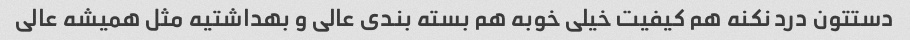
دستتون درد نکنه هم کیفیت خیلی خوبه هم بسته بندی عالی و بهداشتیه مثل همیشه عالی